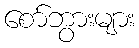
စော်ဘွားများ